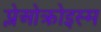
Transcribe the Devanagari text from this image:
प्लेओक्रोइस्म